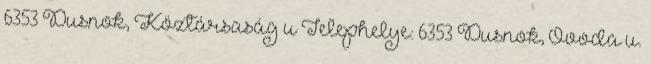
6353 Dusnok, Köztársaság u Telephelye: 6353 Dusnok, Óvoda u.